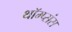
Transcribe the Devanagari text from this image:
थॉम्प्संस